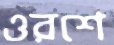
ওরশে